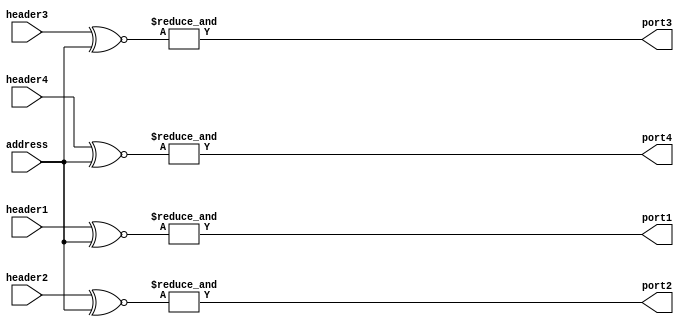
// In general port1 selfInjection

module detectInput(header1, header2, header3, header4, address, port1, port2, port3, port4);

	parameter headerWidth = 6;

	input wire [1:0] header1, header2, header3, header4;
	output wire port1, port2, port3, port4;
	input wire [1:0] address;

	// address denotes North/South/East/West of router

	assign port1 = &(header1^~address);
	assign port2 = &(header2^~address);
	assign port3 = &(header3^~address);
	assign port4 = &(header4^~address);

	/*
	initial
	begin
		address <= ;
	end
	*/

endmodule